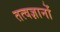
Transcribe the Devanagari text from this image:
तत्वज्ञानों